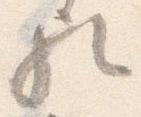
歟